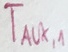
Text: TAUX1